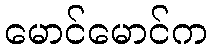
မောင်မောင်က